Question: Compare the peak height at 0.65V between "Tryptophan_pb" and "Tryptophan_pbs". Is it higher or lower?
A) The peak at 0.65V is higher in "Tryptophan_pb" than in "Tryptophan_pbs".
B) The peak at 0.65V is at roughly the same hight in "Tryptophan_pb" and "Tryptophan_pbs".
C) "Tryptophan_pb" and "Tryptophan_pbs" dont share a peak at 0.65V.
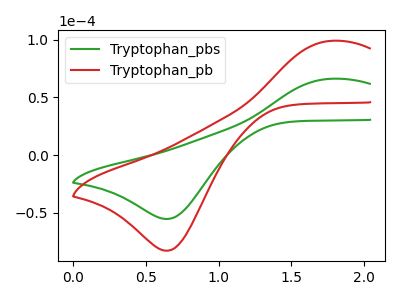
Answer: <think>The green curve "Tryptophan_pbs" has an anodic peak at (1.75V, 66.25uA) and a cathodic peak at (0.65V, -55.50uA). The red curve "Tryptophan_pb" has an anodic peak at (1.75V, 99.15uA) and a cathodic peak at (0.65V, -83.05uA).</think>
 <answer>A) The peak at 0.65V is higher in "Tryptophan_pb" than in "Tryptophan_pbs".</answer>
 <eval>A</eval>